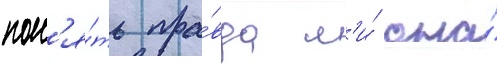
пон'я́ть пра́вда л'и́ она́